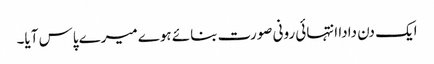
ایک دن دادا انتہائی رونی صورت بنائے ہوے میرے پاس آیا۔